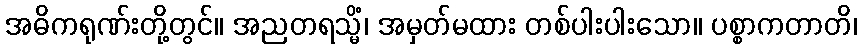
အဓိကရုဏ်းတို့တွင်။ အညတရသ္မိံ၊ အမှတ်မထား တစ်ပါးပါးသော။ ပစ္စာကတာတိ၊